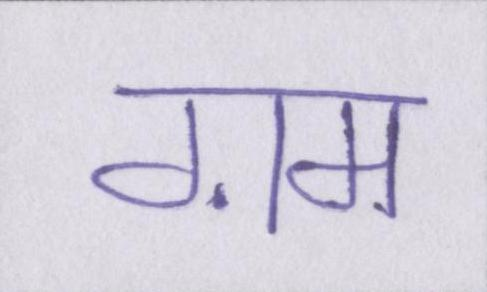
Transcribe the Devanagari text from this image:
ग़म